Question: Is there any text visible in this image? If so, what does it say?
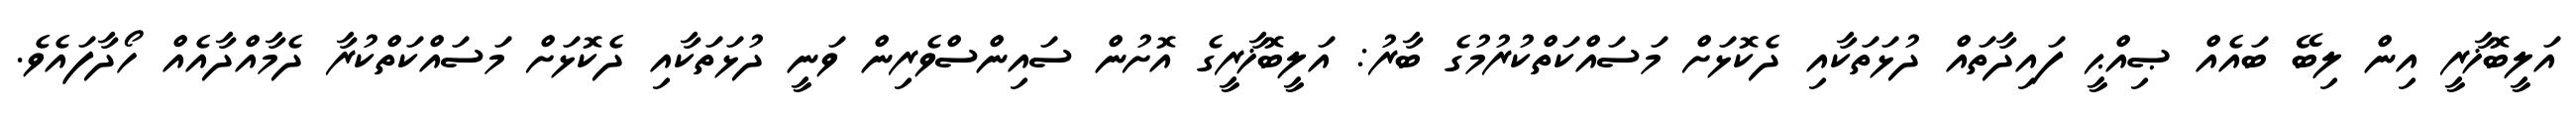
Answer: އަލީބޮޚާރީ އިން ލިބޭ ބައެއް ޞިއްޙީ ފައިދާތައް ދުޅަތަކާއި ދެކޮޅަށް މަސައްކަތްކުރުމުގެ ބާރު: އަލީބޮޚާރީގެ އޮށުން ސައިންސްވެރިން ވަނީ ދުޅަތަކާއި ދެކޮޅަށް މަސައްކަތްކުރާ ދެމާއްދާއެއް ހޯދާފައެވެ.